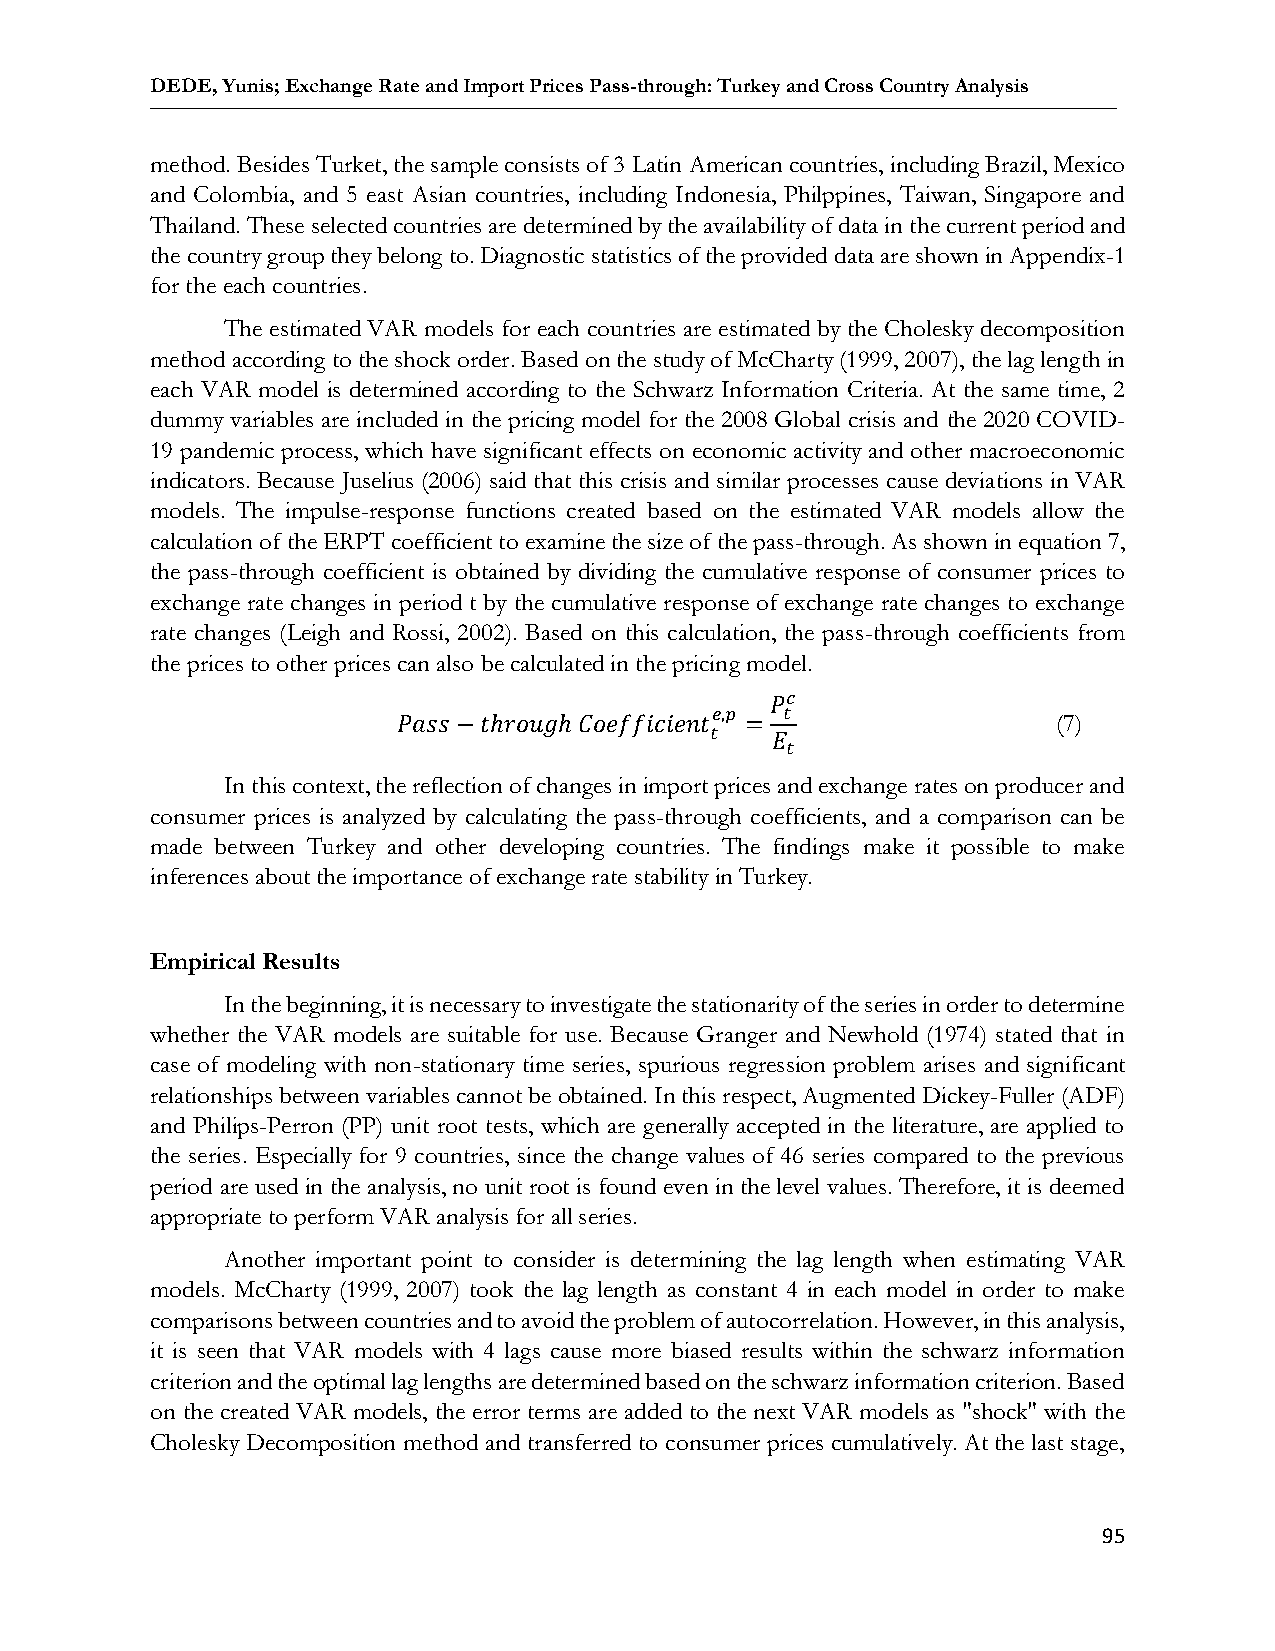
DEDE, Yunis; Exchange Rate and Import Prices Pass-through: Turkey and Cross Country Analysis
 method. Besides Turket, the sample consists of 3 Latin American countries, including Brazil, Mexico
 and Colombia, and 5 east Asian countries, including Indonesia, Philppines, Taiwan, Singapore and
 Thailand. These selected countries are determined by the availability of data in the current period and
 the country group they belong to. Diagnostic statistics of the provided data are shown in Appendix-1
 for the each countries.
 The estimated VAR models for each countries are estimated by the Cholesky decomposition
 method according to the shock order. Based on the study of McCharty (1999, 2007), the lag length in
 each VAR model is determined according to the Schwarz Information Criteria. At the same time, 2
 dummy variables are included in the pricing model for the 2008 Global crisis and the 2020 COVID-
 19 pandemic process, which have significant effects on economic activity and other macroeconomic
 indicators. Because Juselius (2006) said that this crisis and similar processes cause deviations in VAR
 models. The impulse-response functions created based on the estimated VAR models allow the
 calculation of the ERPT coefficient to examine the size of the pass-through. As shown in equation 7,
 the pass-through coefficient is obtained by dividing the cumulative response of consumer prices to
 exchange rate changes in period t by the cumulative response of exchange rate changes to exchange
 rate changes (Leigh and Rossi, 2002). Based on this calculation, the pass-through coefficients from
 the prices to other prices can also be calculated in the pricing model.
 𝑃𝑐
 𝑒,𝑝  𝑡
 𝑃𝑎𝑠𝑠 −𝑡ℎ𝑟𝑜𝑢𝑔ℎ 𝐶𝑜𝑒𝑓𝑓𝑖𝑐𝑖𝑒𝑛𝑡 =                 (7)
 𝑡   𝐸
 𝑡
 In this context, the reflection of changes in import prices and exchange rates on producer and
 consumer prices is analyzed by calculating the pass-through coefficients, and a comparison can be
 made between Turkey and other developing countries. The findings make it possible to make
 inferences about the importance of exchange rate stability in Turkey.
 Empirical Results
 In the beginning, it is necessary to investigate the stationarity of the series in order to determine
 whether the VAR models are suitable for use. Because Granger and Newhold (1974) stated that in
 case of modeling with non-stationary time series, spurious regression problem arises and significant
 relationships between variables cannot be obtained. In this respect, Augmented Dickey-Fuller (ADF)
 and Philips-Perron (PP) unit root tests, which are generally accepted in the literature, are applied to
 the series. Especially for 9 countries, since the change values of 46 series compared to the previous
 period are used in the analysis, no unit root is found even in the level values. Therefore, it is deemed
 appropriate to perform VAR analysis for all series.
 Another important point to consider is determining the lag length when estimating VAR
 models. McCharty (1999, 2007) took the lag length as constant 4 in each model in order to make
 comparisons between countries and to avoid the problem of autocorrelation. However, in this analysis,
 it is seen that VAR models with 4 lags cause more biased results within the schwarz information
 criterion and the optimal lag lengths are determined based on the schwarz information criterion. Based
 on the created VAR models, the error terms are added to the next VAR models as "shock" with the
 Cholesky Decomposition method and transferred to consumer prices cumulatively. At the last stage,
 95